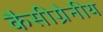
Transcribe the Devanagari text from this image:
कैसीग्रेनीय